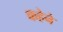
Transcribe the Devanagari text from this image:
कहेने